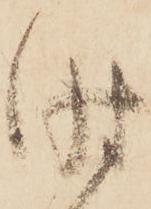
時